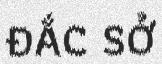
ĐẮC SỞ